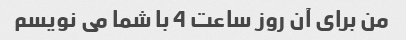
من برای آن روز ساعت 4 با شما می نویسم